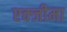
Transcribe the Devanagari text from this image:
एक्जीमा